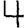
Digit: 4